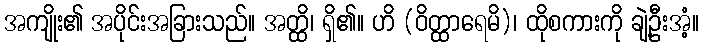
အကျိုး၏ အပိုင်းအခြားသည်။ အတ္ထိ၊ ရှိ၏။ ဟိ (ဝိတ္ထာရေမိ)၊ ထိုစကားကို ချဲ့ဦးအံ့။